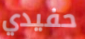
حفيدي